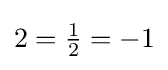
{\textstyle 2={\tfrac {1}{2}}=-1}